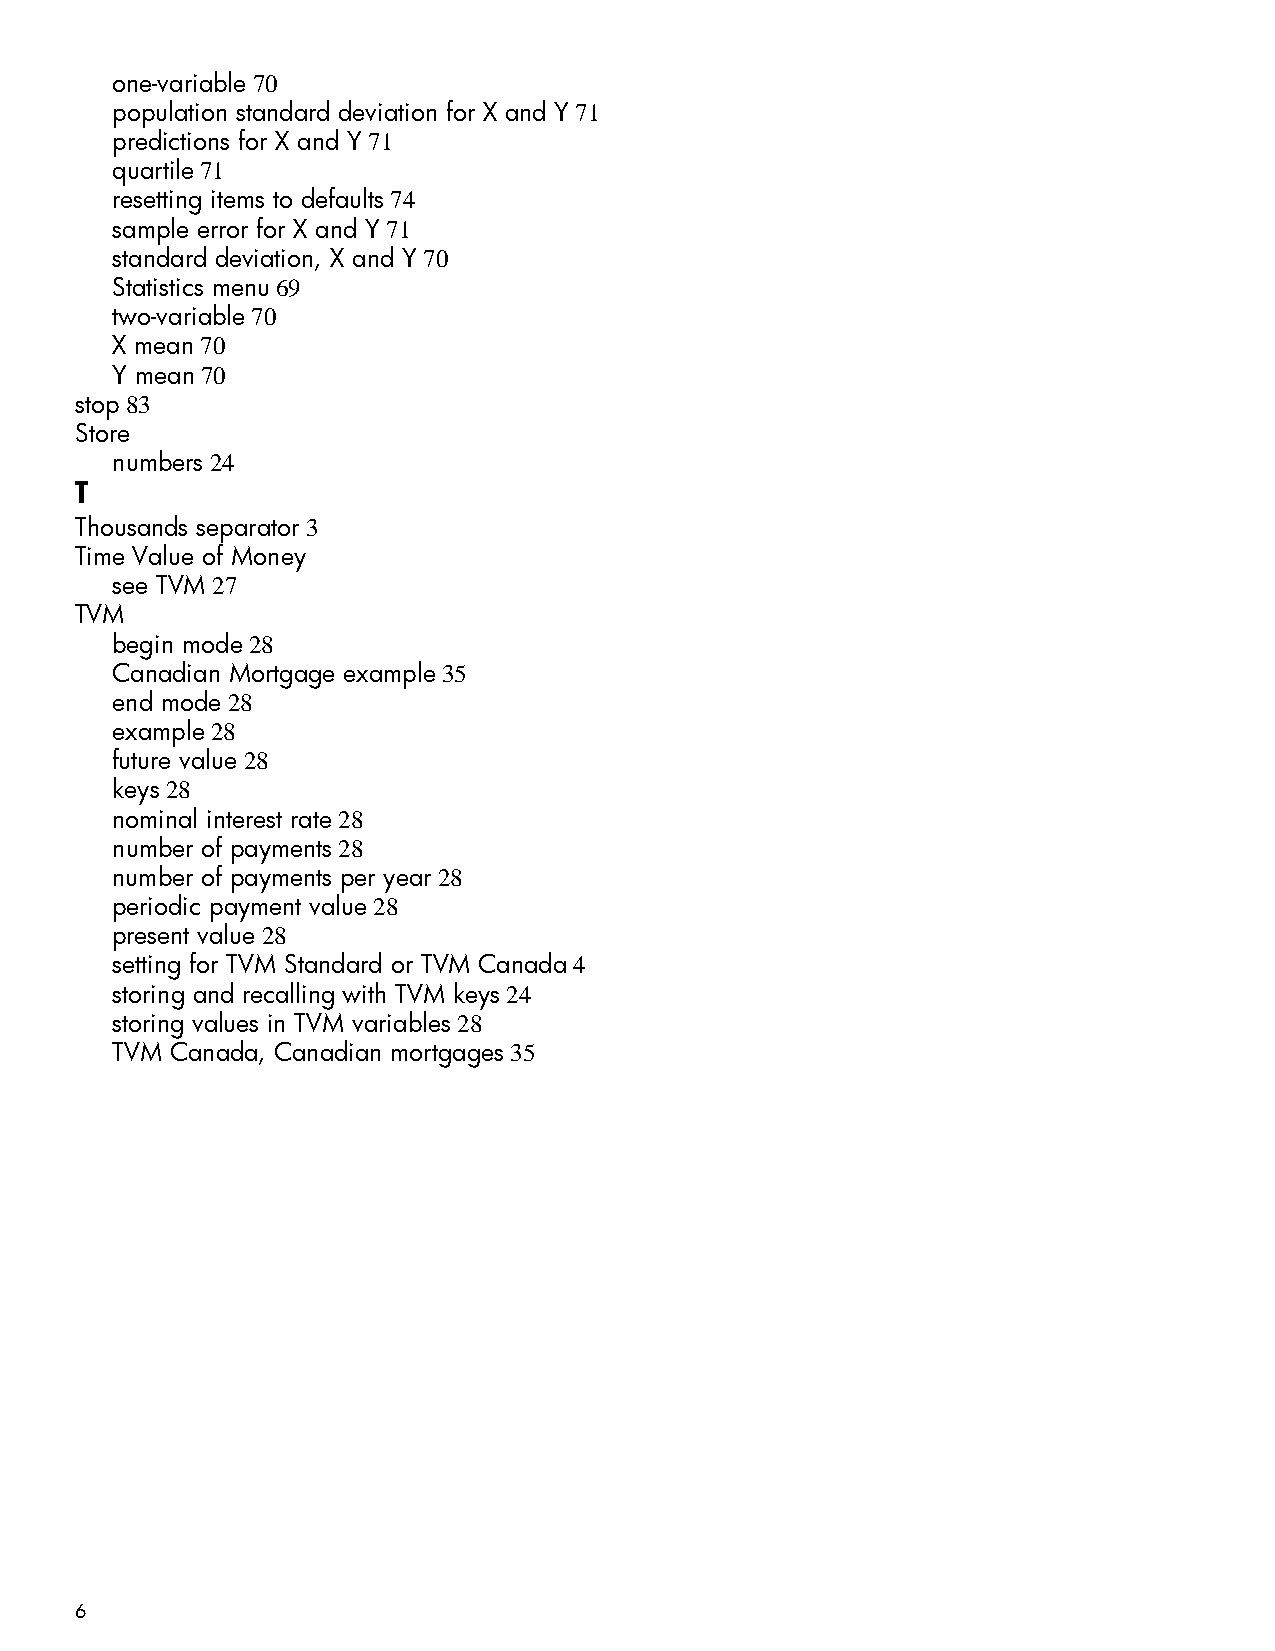
one-variable 70
 population standard deviation for X and Y 71
 predictions for X and Y 71
 quartile 71
 resetting items to defaults 74
 sample error for X and Y 71
 standard deviation, X and Y 70
 Statistics menu 69
 two-variable 70
 X mean 70
 Y mean 70
 stop 83
 Store
 numbers 24
 T
 Thousands separator 3
 Time Value of Money
 see TVM 27
 TVM
 begin mode 28
 Canadian Mortgage example 35
 end mode 28
 example 28
 future value 28
 keys 28
 nominal interest rate 28
 number of payments 28
 number of payments per year 28
 periodic payment value 28
 present value 28
 setting for TVM Standard or TVM Canada 4
 storing and recalling with TVM keys 24
 storing values in TVM variables 28
 TVM Canada, Canadian mortgages 35
 6